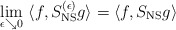
\begin{align*}\lim_{\epsilon\searrow 0} \,\,\langle f, S_{\rm NS}^{(\epsilon)} g \rangle =\langle f, S_{\rm NS} g \rangle\end{align*}